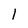
Character: l